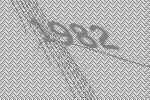
1982